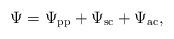
LaTeX: \begin{align*}\Psi = \Psi_\mathrm{pp} + \Psi_\mathrm{sc} + \Psi_\mathrm{ac},\end{align*}